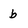
Character: b